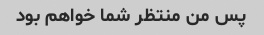
پس من منتظر شما خواهم بود